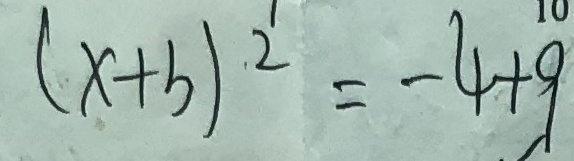
( x + b ) ^ { 2 } = - 4 + 9